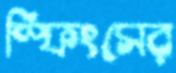
স্ফিংসের